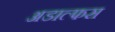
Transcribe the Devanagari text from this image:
अडाल्फस